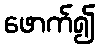
ဖောက်၍